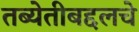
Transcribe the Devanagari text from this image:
तब्येतीबद्दलचे